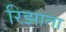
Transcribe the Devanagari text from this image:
रिझाता